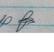
Signature authenticity: genuine